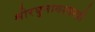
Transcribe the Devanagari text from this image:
श्रीरघुनाथशास्त्री